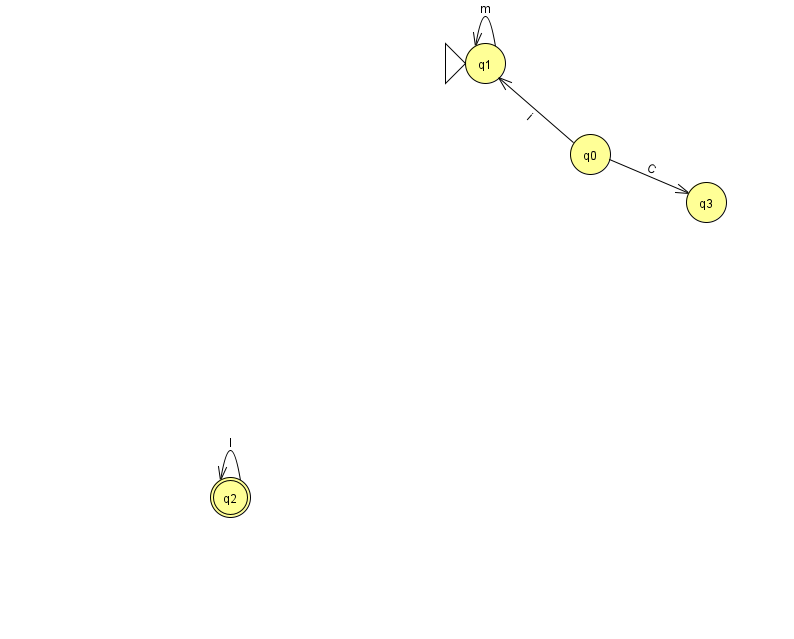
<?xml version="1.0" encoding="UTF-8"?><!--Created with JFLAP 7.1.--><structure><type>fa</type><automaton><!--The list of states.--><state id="0" name="q0"><x>590.0</x><y>141.0</y></state><state id="1" name="q1"><x>485.0</x><y>50.0</y><initial/></state><state id="2" name="q2"><x>230.0</x><y>484.0</y><final/></state><state id="3" name="q3"><x>706.0</x><y>189.0</y></state><!--The list of transitions.--><transition><from>0</from><to>3</to><read>C</read></transition><transition><from>2</from><to>2</to><read>l</read></transition><transition><from>1</from><to>1</to><read>m</read></transition><transition><from>0</from><to>1</to><read>i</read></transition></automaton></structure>